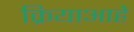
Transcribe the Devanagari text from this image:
क्रियाआहे